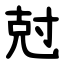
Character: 尅